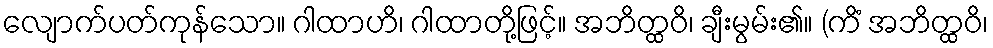
လျောက်ပတ်ကုန်သော။ ဂါထာဟိ၊ ဂါထာတို့ဖြင့်။ အဘိတ္ထဝိ၊ ချီးမွမ်း၏။ (ကိံ အဘိတ္ထဝိ၊